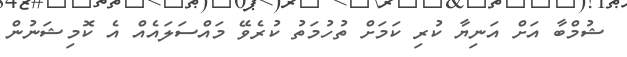
ޝުމްބާ އަށް އަނިޔާ ކުރި ކަމަށް ތުހުމަތު ކުރެވޭ މައްސަލައެއް އެ ކޮމިޝަނުން